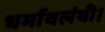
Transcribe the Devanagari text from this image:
धर्मावलंबी।